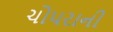
ચોપરાની